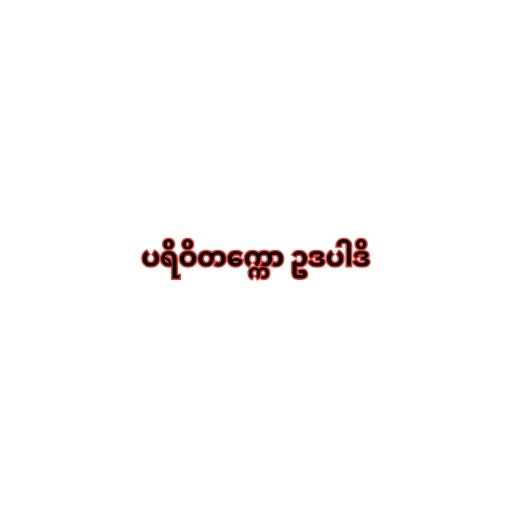
ပရိဝိတက္ကော ဥဒပါဒိ